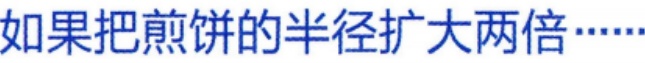
如果把煎饼的半径扩大两倍……